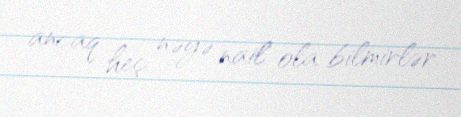
ancaq heç nəyə nail ola bilmirlər.